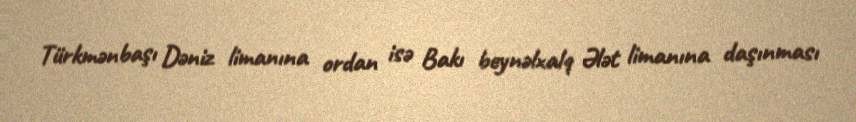
Türkmənbaşı Dəniz limanına ordan isə Bakı beynəlxalq Ələt limanına daşınması